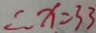
\therefore x = 3 3